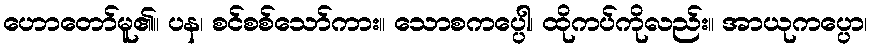
ဟောတော်မူ၏။ ပန၊ စင်စစ်သော်ကား။ သောစကပ္ပေါ၊ ထိုကပ်ကိုလည်း။ အာယုကပ္ပော၊